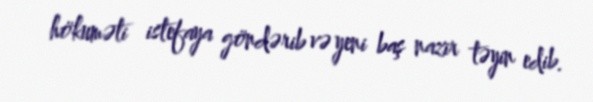
hökuməti istefaya göndərib və yeni baş nazir təyin edib.